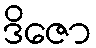
ဒိဇော